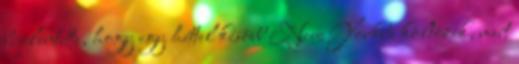
bejelentette, hogy egy héttel késõbb New Yorkba költözik, mert